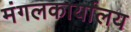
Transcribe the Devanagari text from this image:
मंगलकार्यालय